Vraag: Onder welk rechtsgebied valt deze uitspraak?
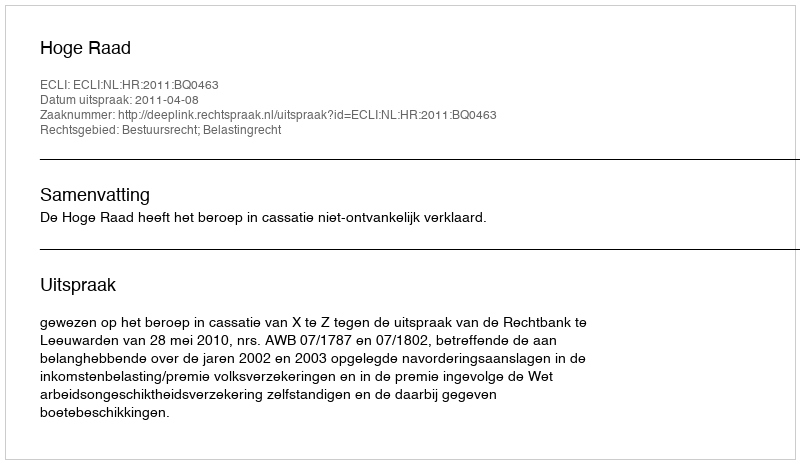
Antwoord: Bestuursrecht; Belastingrecht